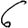
Digit: 6